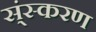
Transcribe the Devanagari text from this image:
स्ंस्करण